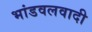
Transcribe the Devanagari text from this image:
भांडवलवादी